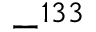
- ^ { 1 3 3 }